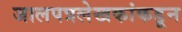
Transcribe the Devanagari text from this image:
जालपत्रलेखकांकडून